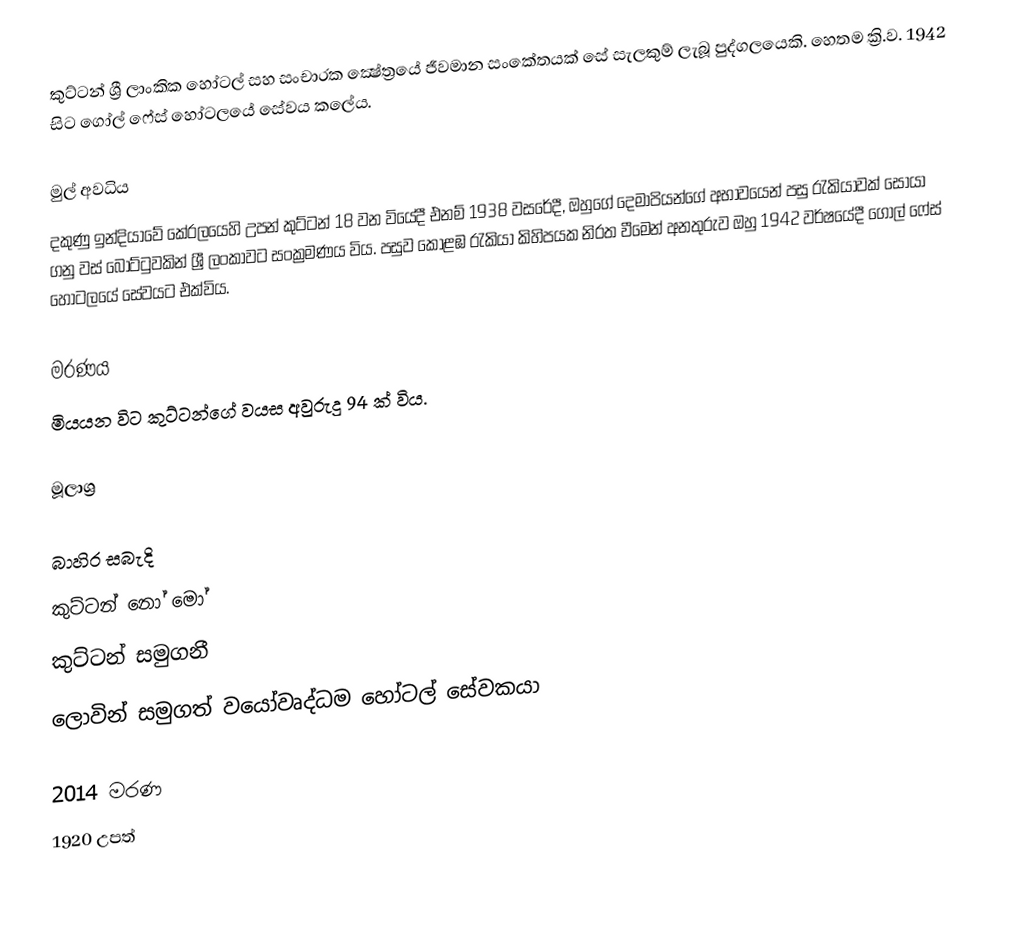
කුට්ටන් ශ්‍රී ලාංකික  හෝටල් සහ සංචාරක ක්‍ෂේත්‍රයේ ජීවමාන සංකේතයක් සේ සැලකුම් ලැබූ පුද්ගලයෙකි. හෙතම ක්‍රි.ව. 1942 සිට ගෝල් ෆේස් හෝටලයේ සේවය කලේය.

මුල් අවධිය
දකුණු ඉන්දියාවේ කේරලයෙහි උපන් කුට්ටන් 18 වන වියේදී එනම් 1938 වසරේදී, ඔහුගේ දෙමාපියන්ගේ අභාවයෙන් පසු රැකියාවක් සොයා ගනු වස් බෝට්ටුවකින් ශ්‍රී ලංකාවට සංක්‍රමණය විය. පසුව කොළඹ රැකියා කිහිපයක නිරත වීමෙන් අනතුරුව ඔහු 1942 වර්ෂයේදී ගෝල් ෆේස් හෝටලයේ සේවයට එක්විය.

මරණය
මියයන විට කුට්ටන්ගේ වයස අවුරුදු 94 ක් විය.

මූලාශ්‍ර

බාහිර සබැදි
 කුට්ටන් නෝ මෝ
 කුට්ටන් සමුගනී
 ලොවින් සමුගත් වයෝවෘද්ධම හෝටල් සේවකයා

2014 මරණ
1920 උපත්